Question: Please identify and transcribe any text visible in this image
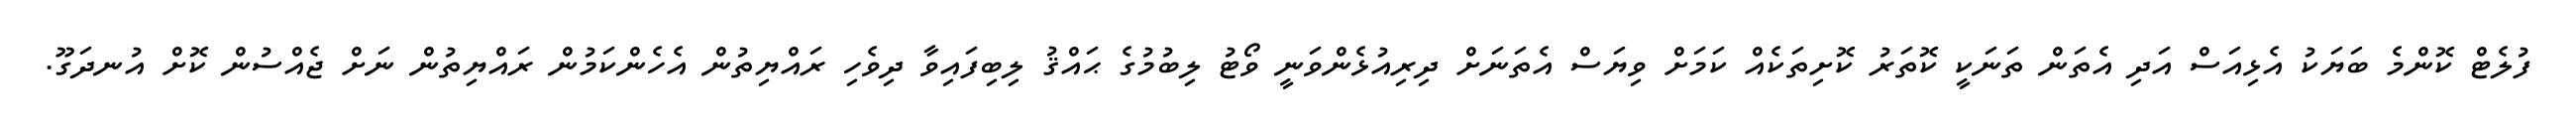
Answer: ފުލެޓް ކޮންމެ ބަޔަކު އެޅިއަސް އަދި އެތަން ތަނަކީ ކޮތަރު ކޮށިތަކެއް ކަމަށް ވިޔަސް އެތަނަށް ދިރިއުޅެންވަނީ ވޯޓު ލިބުމުގެ ޙައްޤު ލިބިފައިވާ ދިވެހި ރައްޔިތުން އެހެންކަމުން ރައްޔިތުން ނަށް ޖެއްސުން ކޮށް އުނދަގޫ.